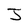
Character: J